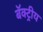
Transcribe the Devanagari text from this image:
बॅक्ट्रीय